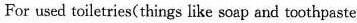
For used toiletries(things lilke soap and toothpaste